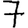
Digit: 7